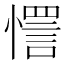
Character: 㦒